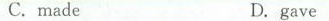
C. madeD. gave